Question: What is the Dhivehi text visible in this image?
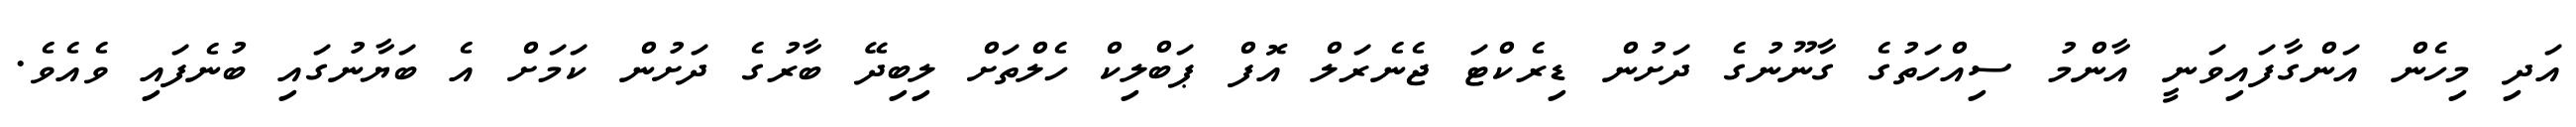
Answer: އަދި މިހެން އަންގާފައިވަނީ އާންމު ސިއްހަތުގެ ގާނޫނުގެ ދަށުން ޑިރެކްޓަ ޖެނެރަލް އޮފް ޕަބްލިކް ހެލްތަށް ލިބިދޭ ބާރުގެ ދަށުން ކަމަށް އެ ބަޔާނުގައި ބުނެފައި ވެއެވެ.